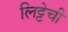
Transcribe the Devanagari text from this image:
लिट्टेची